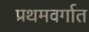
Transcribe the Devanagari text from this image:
प्रथमवर्गात